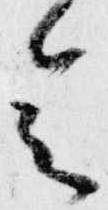
会